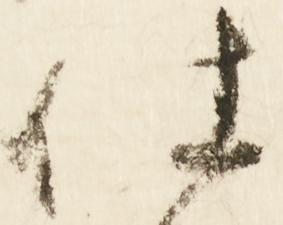
仕